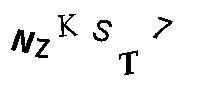
NZKST7